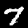
Digit: 7